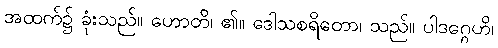
အထက်၌ ခုံးသည်။ ဟောတိ၊ ၏။ ဒေါသစရိတော၊ သည်။ ပါဒဂ္ဂေဟိ၊